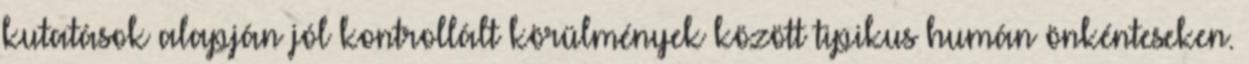
kutatások alapján jól kontrollált körülmények között tipikus humán önkénteseken.